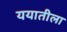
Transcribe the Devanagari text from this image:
ययातीला